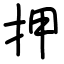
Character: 押